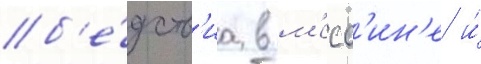
б'е́дств'иа в м'есс'ин'е и́